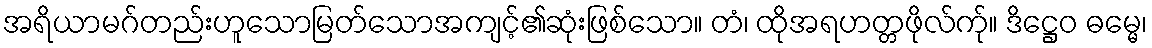
အရိယာမဂ်တည်းဟူသောမြတ်သောအကျင့်၏ဆုံးဖြစ်သော။ တံ၊ ထိုအရဟတ္တဖိုလ်က်ု။ ဒိဋ္ဌေဝ ဓမ္မေ၊